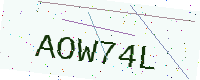
Text: AOW74L